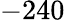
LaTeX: -240